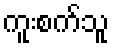
ကူးစက်သူ